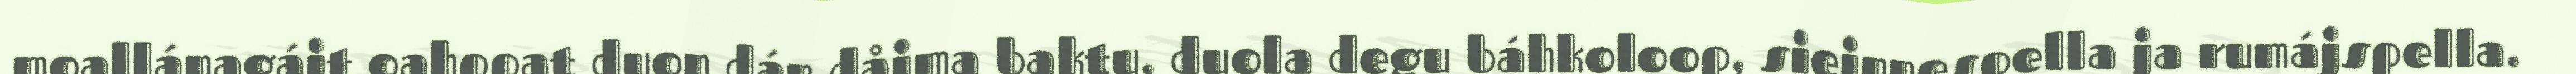
moallánagájt oahppat duon dán dåjma baktu, duola degu báhkoloop, siejnnespella ja rumájspella.